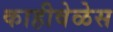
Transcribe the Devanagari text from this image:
काहीवेळेस